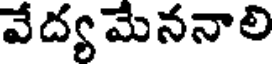
వేద్య మేననాలి